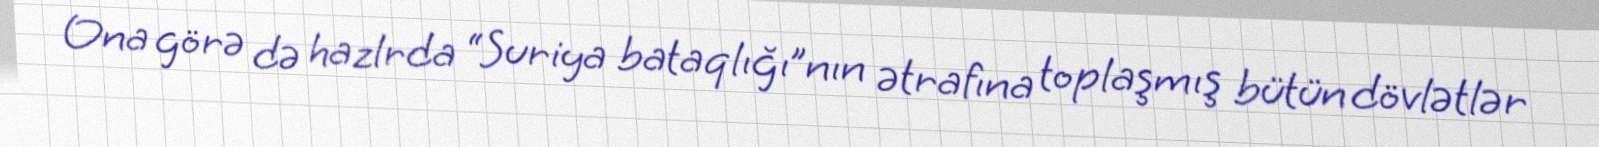
Ona görə də hazlrda “Suriya bataqlığı”nın ətrafına toplaşmış bütün dövlətlər